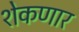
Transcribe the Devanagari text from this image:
शेकणार